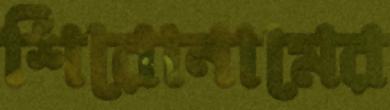
শিরোনামের